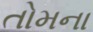
તોમના